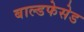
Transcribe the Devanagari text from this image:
बाल्डफेसेड